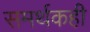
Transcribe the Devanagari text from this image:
समर्थकही